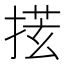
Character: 𪮎